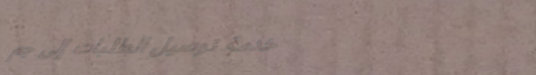
خدمة توصيل الطلبات إلى جم